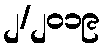
၂/၂၀၁၉